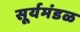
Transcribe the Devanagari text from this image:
सूर्यमंडळ